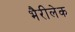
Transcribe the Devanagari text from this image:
भैरीलेक